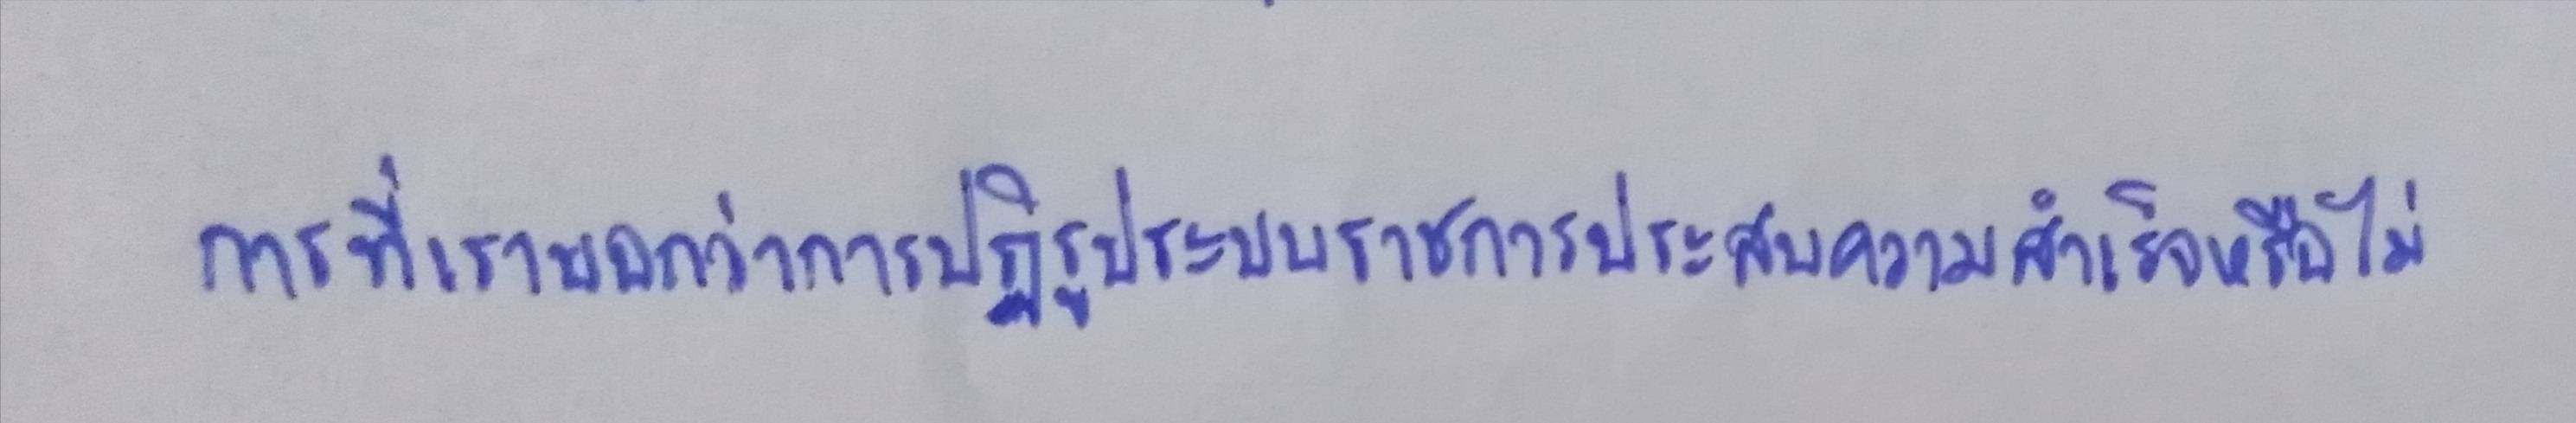
การที่เราจะบอกว่าการปฎิรูประบบราชการประสบความสำเร็จหรือไม่